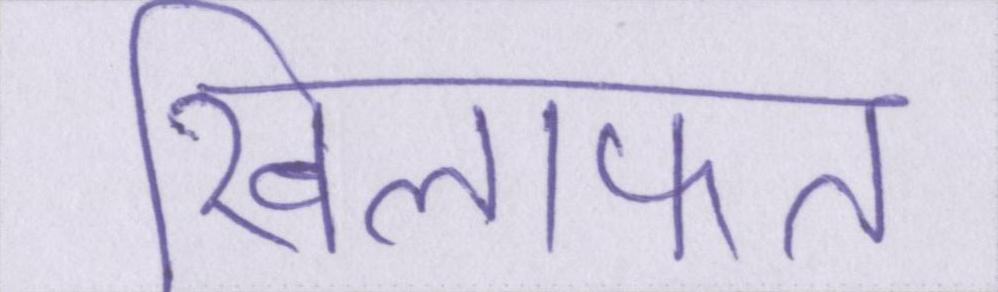
खिलाफत